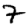
Digit: 7